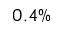
0 . 4 \%